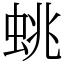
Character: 䖴